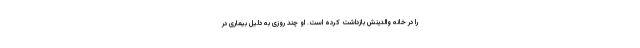
را در خانه والدینش بازداشت کرده است. او چند روزی به دلیل بیماری در